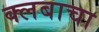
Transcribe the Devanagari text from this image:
क्लबाचा